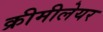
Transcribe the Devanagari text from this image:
क्रीमीलेयर